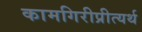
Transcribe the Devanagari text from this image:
कामगिरीप्रीत्यर्थ